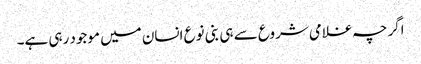
اگرچہ غلامی شروع سے ہی بنی نوع انسان میں موجود رہی ہے۔